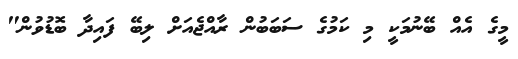
މީގެ އެއް ބޭނުމަކީ މި ކަމުގެ ސަބަބުން ރާއްޖެއަށް ލިބޭ ފައިދާ ބޮޑުވުން"